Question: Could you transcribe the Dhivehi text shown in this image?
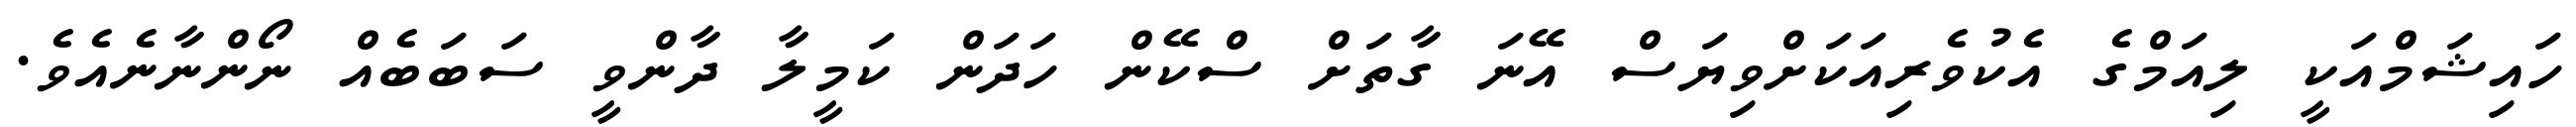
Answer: ހައިޝަމްއަކީ ލިއަމްގެ އެކުވެރިއަކަށްވިޔަސް އޭނަ ގާތަށް ސްކޭން ހަދަން ކަމީލާ ދާންވީ ސަބަބެއް ނޯންނާނެއެވެ.